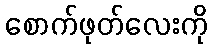
စောက်ဖုတ်လေးကို